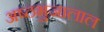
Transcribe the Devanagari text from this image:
अष्ठभुजालाल